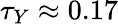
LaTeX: \tau_{Y}\approx 0.17